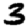
Digit: 3